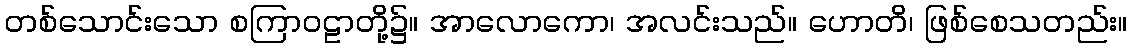
တစ်သောင်းသော စကြာဝဠာတို့၌။ အာလောကော၊ အလင်းသည်။ ဟောတိ၊ ဖြစ်စေသတည်း။